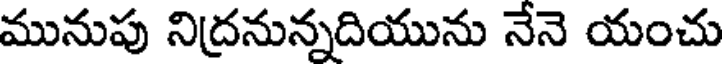
మునుపు నిద్రనున్నదియును నేనె యంచు